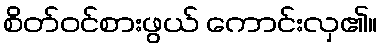
စိတ်ဝင်စားဖွယ် ကောင်းလှ၏။